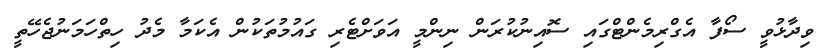
ވިދާޅުވީ ސޯފާ އެގްރިމެންޓްގައި ސޮއިނުކުރަން ނިންމީ އަވަށްޓެރި ގައުމުތަކުން އެކަމާ މެދު ހިތްހަމަނުޖެހޭތީ